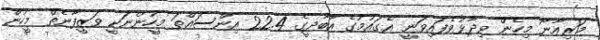
މަރިއާނޯ މިހެން ވިދާޅުވެފައިވަނީ އެގައުމުގެ އާބާދީގެ 22.4 އިންސައްތަ މީހުންނަކީ ވަޒީފާނެތް މީހުން